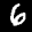
Label: 6